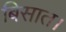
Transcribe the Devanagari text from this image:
बिसात।